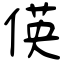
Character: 偀